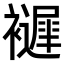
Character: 𧞘